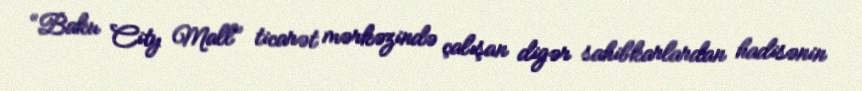
“Baku City Mall” ticarət mərkəzində çalışan digər sahibkarlardan hadisənin